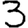
Digit: 3